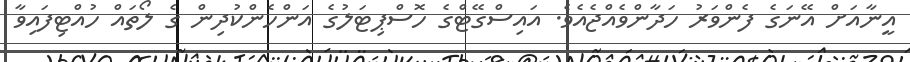
އީނާއަށް އޭނަގެ ފެންވަރު ހަދާންވެއްޖެއެވެ. އައިސްގޭޓްގެ ހޮސްޕިޓަލުގެ އަންހެންކުދިން ގެ ލޯތައް ހުއްޓިފައިވާ